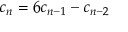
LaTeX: c _ { n } = 6 c _ { n - 1 } - c _ { n - 2 }